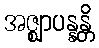
အဇ္ဈာပန္နန္တိ